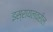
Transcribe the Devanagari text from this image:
इस्रायलवरील